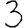
Digit: 3